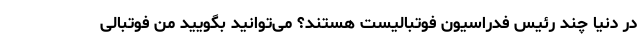
در دنیا چند رئیس فدراسیون فوتبالیست هستند؟ می‌توانید بگویید من فوتبالی